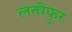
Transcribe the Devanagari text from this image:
लतीफुर